On the standardisation of anti-typhoid vaccine - Number 21
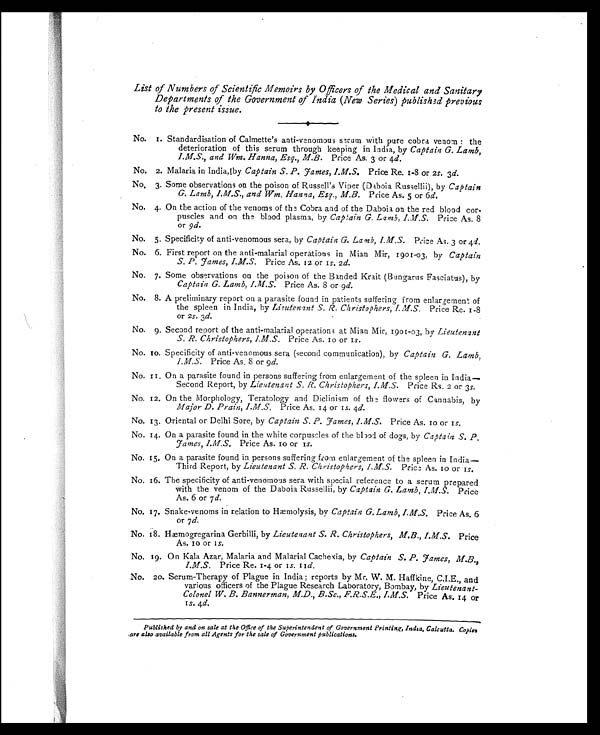
List of Numbers of Scientific Memoirs by Officers of the Medical and Sanitary
Departments of the Government of India (New Series) published previous
to the present issue.
No. 1. Standardisation of Calmette's anti-venomous serum with pure cobra venom : the
deterioration of this serum through keeping in India, by Captain G. Lamb,
I.M.S., and Wm. Hanna, Esq., M.B. Price As. 3 or 4d.
No. 2. Malaria in India, by Captain S. P. James, I.M.S. Price Re. 1-8 or 2 s. 3d.
No. 3. Some observations on the poison of Russell's Viper (Daboia Russellii), by Captain
G. Lamb, I.M.S., and Wm. Hanna, Esq., M.B. Price As. 5 or 6 d.
No. 4. On the action of the venoms of the Cobra and of the Daboia on the red blood cor-
puscles and on the blood plasma, by Captain G. Lamb, I.M.S. Price As. 8
or 9d.
No. 5. Specificity of anti-venomous sera, by Captain G. Lamb, I.M.S. Price As. 3 or 4 d.
No. 6. First report on the anti-malarial operations in Mian Mir, 1901-03, by Captain
S. P. James, I.M.S. Price As. 12 or 1s. 2d.
No. 7. Some observations on the poison of the Banded Krait (Bungarus Fasciatus), by
Captain G. Lamb, I.M.S. Price As. 8 or 9d.
No. 8. A preliminary report on a parasite found in patients suffering from enlargement of
the spleen in India, by Lieutenant S. R. Christophers, I.M.S. Price Re. 1-8
or 2s. 3d.
No. 9. Second report of the anti-malarial operations at Mian Mir, 1901-03, by Lieutenant
S. R. Christophers, I.M.S. Price As. 10 or 1s.
No. 10. Specificity of anti-venomous sera (second communication), by Captain G. Lamb,
I.M.S. Price As. 8 or 9d.
No. 11. On a parasite found in persons suffering from enlargement of the spleen in India
—Second Report, by Lieutenant S. R. Christoplzers, I.M.S. Price Rs. 2 or 3s.
No. 12. On the Morphology, Teratology and Diclinism of the flowers of Cannabis, by
Major D. Prain, I.M.S. Price As. 14 or 1s. 4d.
No. 13. Oriental or Delhi Sore, by Captain S. P. James, I.M.S. Price As. 10 or 1s.
No. 14. On a parasite found in the white corpuscles of the blood of dogs, by Captain S. P.
James, I.M.S. Price As. 10 or 1s.
No. 15. On a parasite found in persons suffering from enlargement of the spleen in India
—Third Report, by Lieutenant S. R. Christophers, I.M.S. Price As. 10 or 1s.
No. 16. The specificity of anti-venomous sera with special reference to a serum prepared
with the venom of the Daboia Russellii, by Captain G. Lamb, I.M.S. Price
As. 6 or 7 d.
No. 17. Snake-venoms in relation to Hæmolysis, by Captain G. Lamb, I.M.S. Price As. 6
or 7d.
No. 18. Hæmogregarina Gerbilli, by Lieutenant S. R. Christophers, M.B., I.M.S. Price
As. 10 or 1s.
No. 19. On Kala Azar, Malaria and Malarial Cachexia, by Captain S. P. James, M.B.,
I.M.S. Price Re. 1-4 or 1s. 11d.
No. 20. Serum-Therapy of Plague in India; reports by Mr. W. M. Haffkine, C.I.E., and
various officers of the Plague Research Laboratory, Bombay, by Lieutenant-
Colonel W. B. Bannerman, M.D., B.Sc., F.R.S.E., I.M.S. Price As. 14 or
1
s. 4d.
Published by and on sale at the Office of the Superintendent of Government Printing, India, Calcutta. Copies
are also available from all Agents for the sale of Government publications.